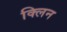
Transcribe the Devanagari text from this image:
क्‍लिन